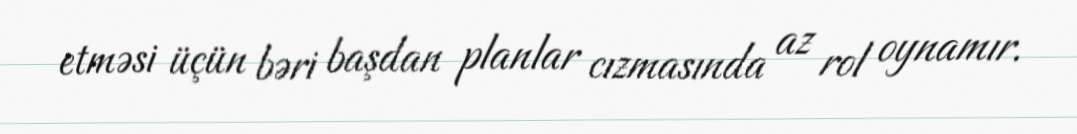
etməsi üçün bəri başdan planlar cızmasında az rol oynamır.